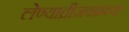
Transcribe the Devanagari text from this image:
लेण्याद्रीजवळच्या